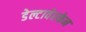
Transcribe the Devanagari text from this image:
डेल्टावेरकेन